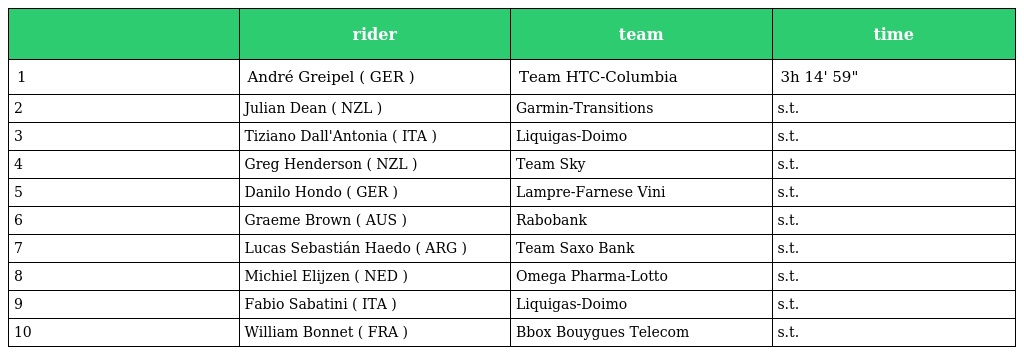
|  | rider | team | time |
 | --- | --- | --- | --- |
 | 1 | André Greipel ( GER ) | Team HTC-Columbia | 3h 14' 59" |
 | 2 | Julian Dean ( NZL ) | Garmin-Transitions | s.t. |
 | 3 | Tiziano Dall'Antonia ( ITA ) | Liquigas-Doimo | s.t. |
 | 4 | Greg Henderson ( NZL ) | Team Sky | s.t. |
 | 5 | Danilo Hondo ( GER ) | Lampre-Farnese Vini | s.t. |
 | 6 | Graeme Brown ( AUS ) | Rabobank | s.t. |
 | 7 | Lucas Sebastián Haedo ( ARG ) | Team Saxo Bank | s.t. |
 | 8 | Michiel Elijzen ( NED ) | Omega Pharma-Lotto | s.t. |
 | 9 | Fabio Sabatini ( ITA ) | Liquigas-Doimo | s.t. |
 | 10 | William Bonnet ( FRA ) | Bbox Bouygues Telecom | s.t. |